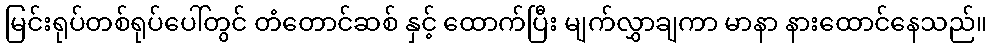
မြင်းရုပ်တစ်ရုပ်ပေါ်တွင် တံတောင်ဆစ် နှင့် ထောက်ပြီး မျက်လွှာချကာ မာနာ နားထောင်နေသည်။